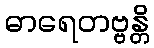
ဓာရေတဗ္ဗန္တိ